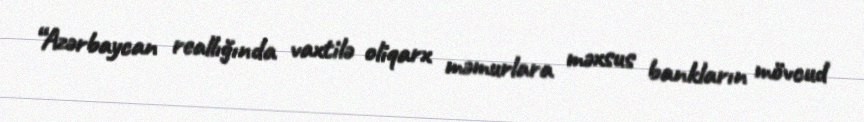
“Azərbaycan reallığında vaxtilə oliqarx məmurlara məxsus bankların mövcud